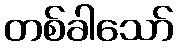
တစ်ခါသော်